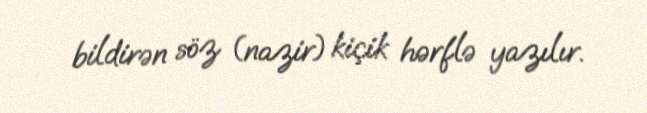
bildirən söz (nazir) kiçik hərflə yazılır.